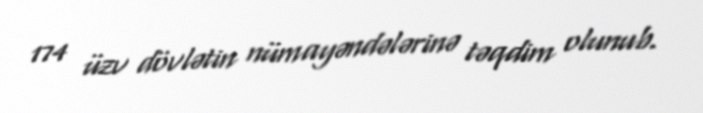
174 üzv dövlətin nümayəndələrinə təqdim olunub.